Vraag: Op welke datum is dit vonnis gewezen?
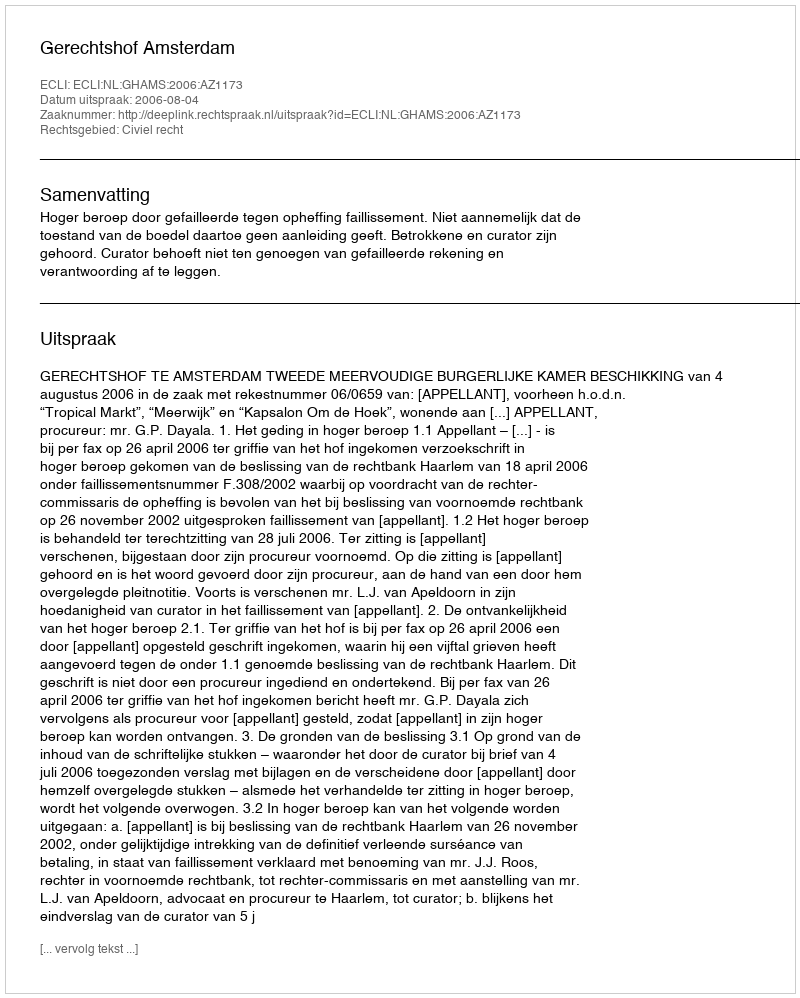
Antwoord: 2006-08-04